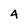
Character: 4